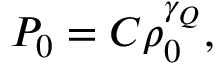
P _ { 0 } = C \rho _ { 0 } ^ { \gamma _ { Q } } ,